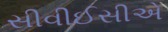
સીવીઈસીએ